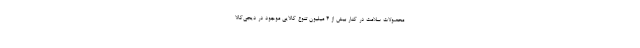
محصولات سلامت در کنار بیش از 4 میلیون تنوع کالایی موجود در دیجی‌کالا